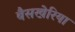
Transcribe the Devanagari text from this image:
बैसखेरिया